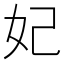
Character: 妃